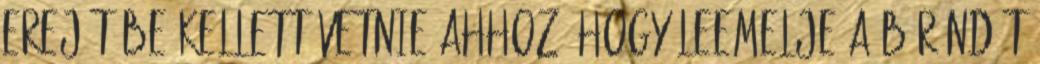
erejét be kellett vetnie ahhoz, hogy leemelje a bőröndöt